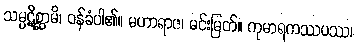
သမ္ပဋိစ္ဆာမိ၊ ဝန်ခံပါ၏။ မဟာရာဇ၊ မင်းမြတ်။ ကုမာရကဿပဿ၊